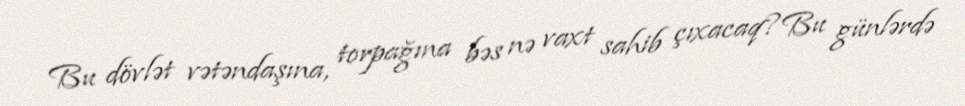
Bu dövlət vətəndaşına, torpağına bəs nə vaxt sahib çıxacaq?Bu günlərdə